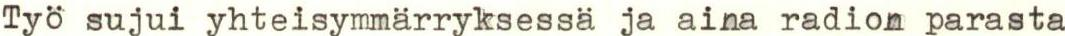
Työ sujui yhteisymmärryksessä ja aina radion parasta